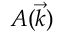
A ( \vec { k } )